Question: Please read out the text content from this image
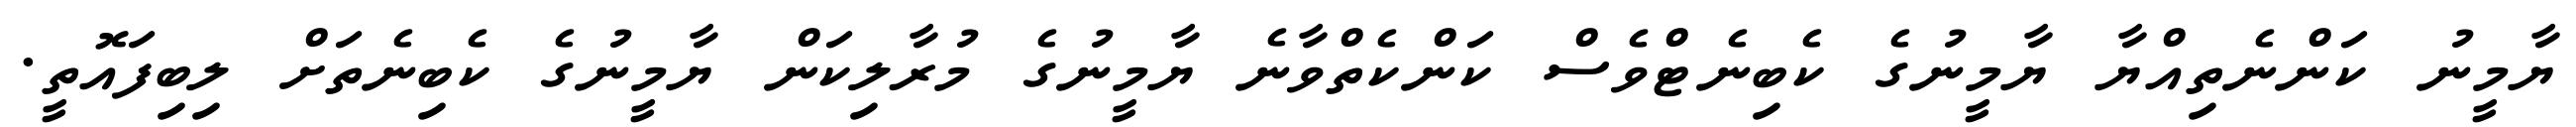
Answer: ޔާމީނު ކަންނެތިއްޔާ ޔާމީނުގެ ކެބިނެޓްވެސް ކަންކެތްވާނެ ޔާމީނުގެ މުރާލިކަން ޔާމީނުގެ ކެބިނެތަށް ލިބިފައޮތީ.